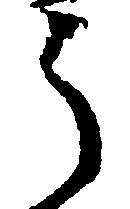
う